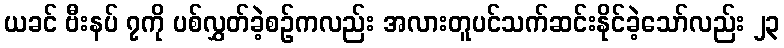
ယခင် ဗီးနပ် ၇ကို ပစ်လွှတ်ခဲ့စဉ်ကလည်း အလားတူပင်သက်ဆင်းနိုင်ခဲ့သော်လည်း ၂၃